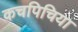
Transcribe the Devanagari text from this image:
कचपिचिया